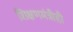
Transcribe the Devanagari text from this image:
शिक्षणमंत्रीही